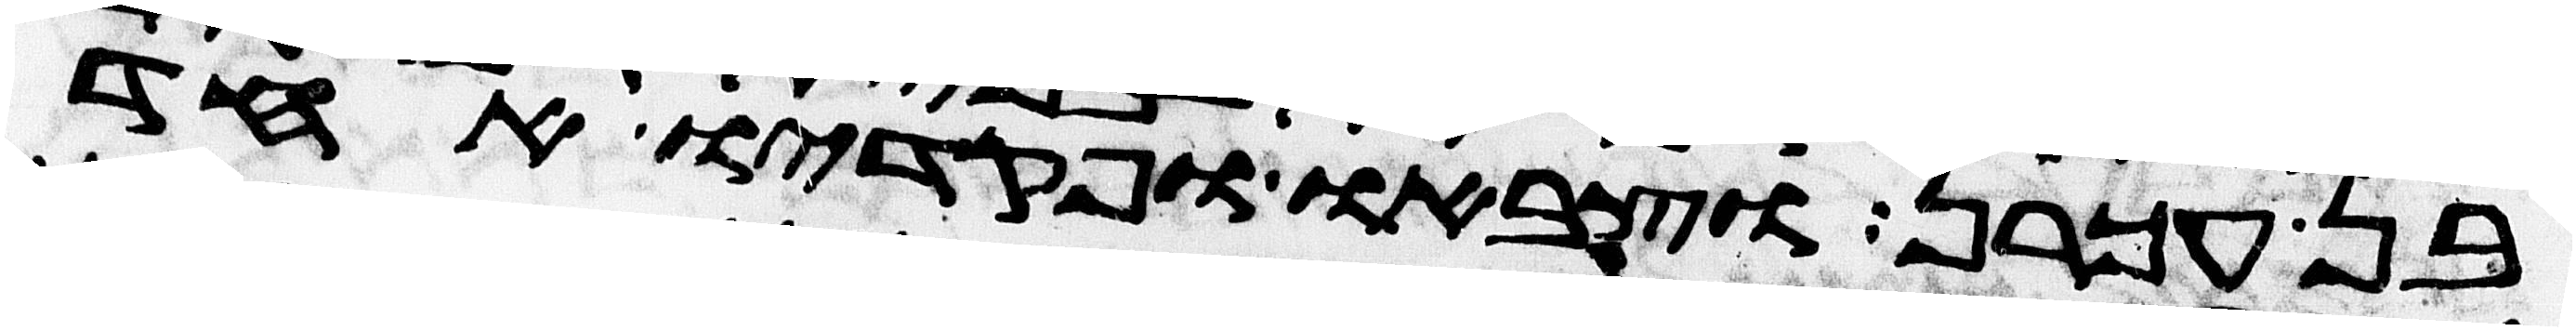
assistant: בן עכרן וצבאו ופקדיו אחד